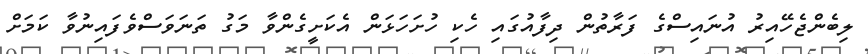
ލިބެންޖެހޭއިރު އުނައިސްގެ ފަރާތުން ދިފާއުގައި ހެކި ހުށަހަޅަން އެކަށީގެންވާ މަގު ތަނަވަސްވެފައިނުވާ ކަމަށް